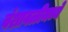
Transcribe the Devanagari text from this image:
वंशावळीमध्ये